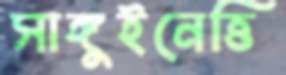
সাঙ্গুইনেত্তি